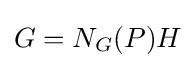
G=N_{G}(P)H